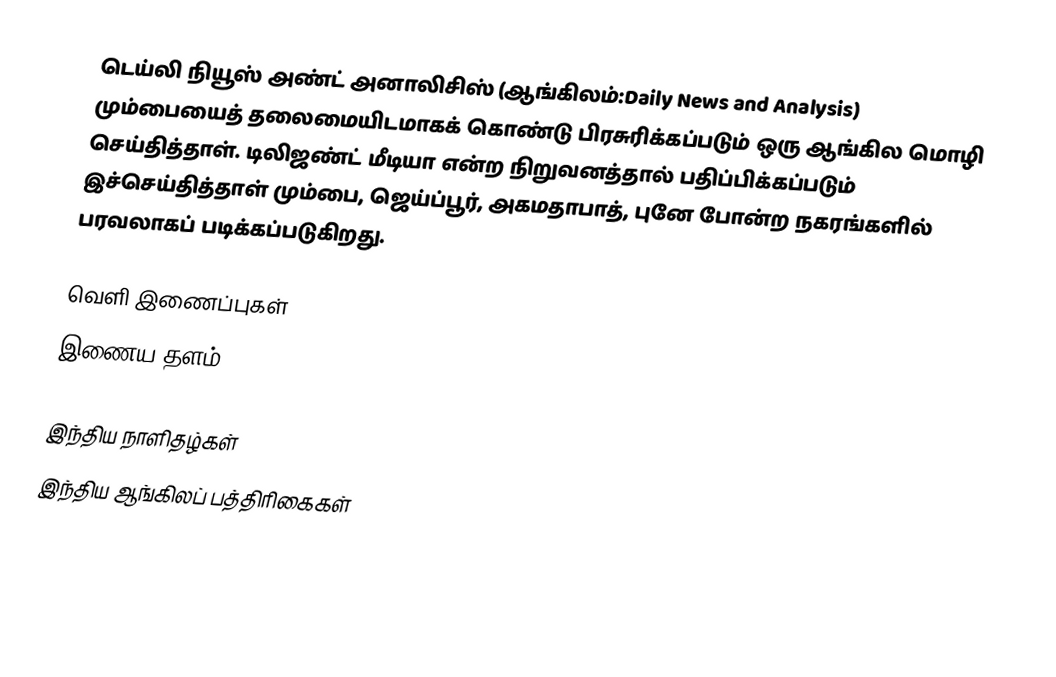
டெய்லி நியூஸ் அண்ட் அனாலிசிஸ் (ஆங்கிலம்:Daily News and Analysis) மும்பையைத் தலைமையிடமாகக் கொண்டு பிரசுரிக்கப்படும் ஒரு ஆங்கில மொழி செய்தித்தாள். டிலிஜண்ட் மீடியா என்ற நிறுவனத்தால் பதிப்பிக்கப்படும் இச்செய்தித்தாள் மும்பை, ஜெய்ப்பூர், அகமதாபாத், புனே போன்ற நகரங்களில் பரவலாகப் படிக்கப்படுகிறது.

வெளி இணைப்புகள்
   இணைய தளம்

இந்திய நாளிதழ்கள்
இந்திய ஆங்கிலப் பத்திரிகைகள்